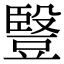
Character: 䝂